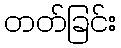
တတ်ခြင်း